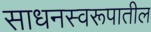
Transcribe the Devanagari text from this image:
साधनस्वरूपातील